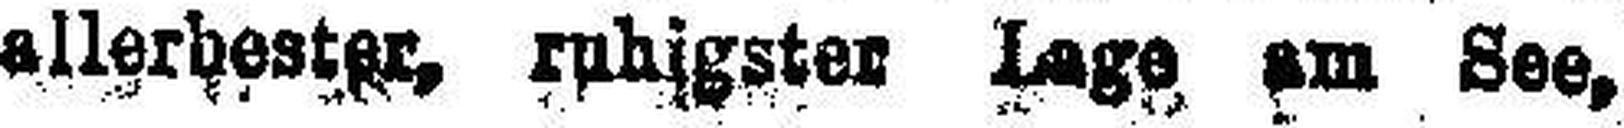
allerbester, ruhigster Lage am See,